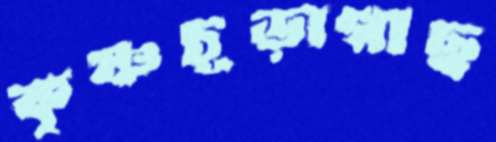
কৃষ্ণচূড়াগাছ